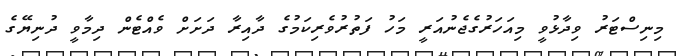
މިނިސްޓަރު ވިދާޅުވީ މިއަހަރުގެޖެނުއަރީ މަހު ފަތުރުވެރިކަމުގެ ދާއިރާ ދަށަށް ވެއްޓެން ދިމާވީ ދުނިޔޭގެ